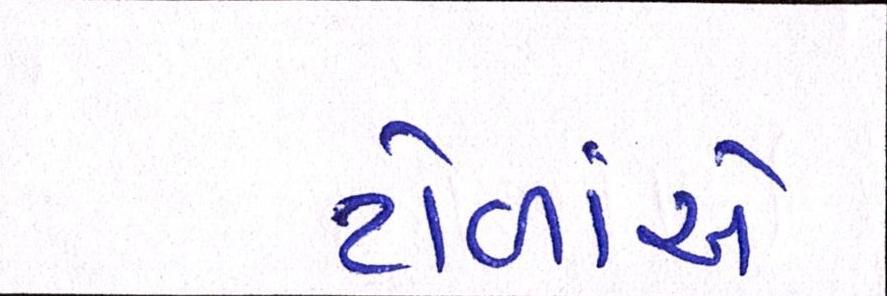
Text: ટોળાંએ